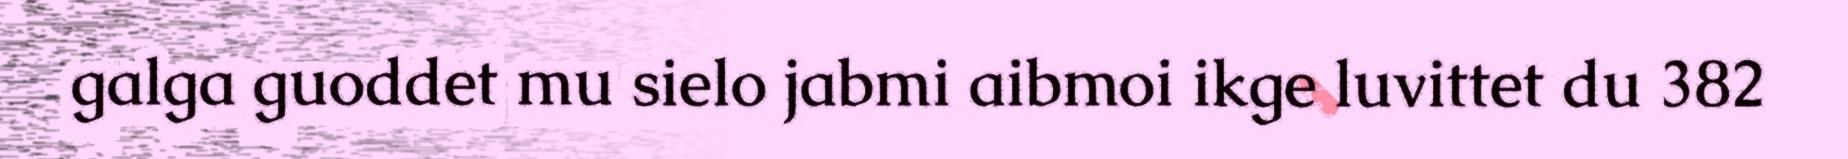
galga guoddet mu sielo jabmi aibmoi ikge luvittet du 382